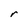
Character: r